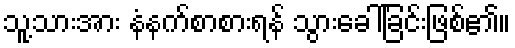
သူ့သားအား နံနက်စာစားရန် သွားခေါ်ခြင်းဖြစ်၏။